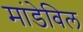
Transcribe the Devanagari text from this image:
मांडेविल